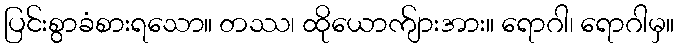
ပြင်းစွာခံစားရသော။ တဿ၊ ထိုယောက်ျားအား။ ရောဂါ၊ ရောဂါမှ။